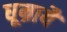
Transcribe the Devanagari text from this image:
धूम्रायै